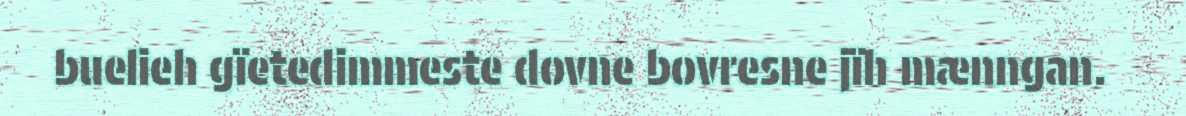
buelieh gïetedimmeste dovne bovresne jïh mænngan.